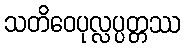
သတိဝေပုလ္လပ္ပတ္တဿ